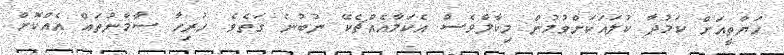
ހަޔާތީއަށް ކަމުދާ ކުލައަކަށްވުމުން މިކާލްވެސް އެކަމާއެއްޗެކޭ ނުބުނެ ގަތެވެ. ހުރިހާ ސާމާނުތައް އެއްކޮށް